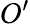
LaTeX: O^{\prime}